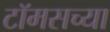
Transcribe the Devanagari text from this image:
टॉमसच्या